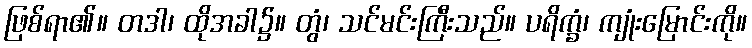
ဖြစ်ရာ၏။ တဒါ၊ ထိုအခါ၌။ တွံ၊ သင်မင်းကြီးသည်။ ပရိက္ခံ၊ ကျုံးမြောင်းကို။